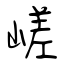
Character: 嵯